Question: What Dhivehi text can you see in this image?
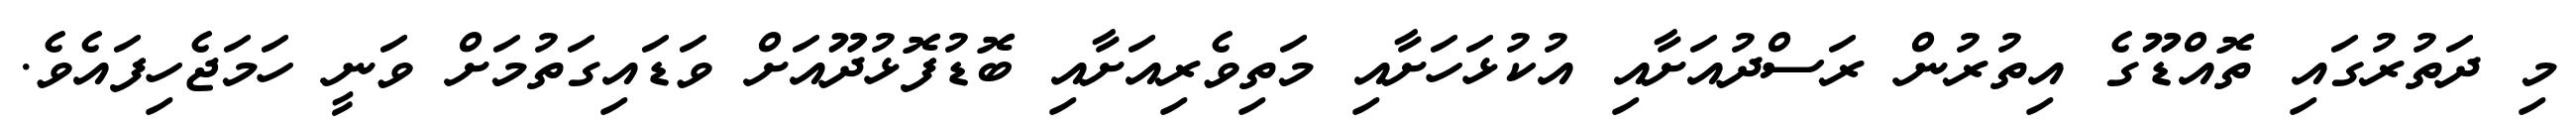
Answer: މި ދަތުރުގައި ތޮއްޑޫގެ އިތުރުން ރަސްދުއަށާއި އުކުޅަހަށާއި މަތިވެރިއަށާއި ބޮޑުފޮޅުދޫއަށް ވަޑައިގަތުމަށް ވަނީ ހަމަޖެހިފައެވެ.